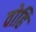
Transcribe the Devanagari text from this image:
वोहि